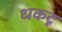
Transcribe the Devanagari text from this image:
धकटू